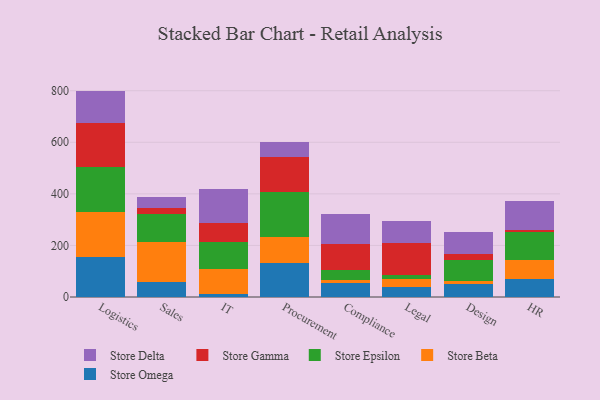
{"axis": {"x": "Department", "y": "Population (Million)"}, "legend": ["Store Beta", "Store Delta", "Store Epsilon", "Store Gamma", "Store Omega"], "data": [{"x": "Logistics", "y": 155.3, "type": "Store Omega"}, {"x": "Logistics", "y": 174.6, "type": "Store Beta"}, {"x": "Logistics", "y": 174.6, "type": "Store Epsilon"}, {"x": "Logistics", "y": 170.7, "type": "Store Gamma"}, {"x": "Logistics", "y": 124.3, "type": "Store Delta"}, {"x": "Sales", "y": 56.9, "type": "Store Omega"}, {"x": "Sales", "y": 158.0, "type": "Store Beta"}, {"x": "Sales", "y": 106.9, "type": "Store Epsilon"}, {"x": "Sales", "y": 22.0, "type": "Store Gamma"}, {"x": "Sales", "y": 44.3, "type": "Store Delta"}, {"x": "IT", "y": 12.9, "type": "Store Omega"}, {"x": "IT", "y": 96.3, "type": "Store Beta"}, {"x": "IT", "y": 105.1, "type": "Store Epsilon"}, {"x": "IT", "y": 71.8, "type": "Store Gamma"}, {"x": "IT", "y": 133.0, "type": "Store Delta"}, {"x": "Procurement", "y": 131.8, "type": "Store Omega"}, {"x": "Procurement", "y": 101.6, "type": "Store Beta"}, {"x": "Procurement", "y": 174.2, "type": "Store Epsilon"}, {"x": "Procurement", "y": 137.0, "type": "Store Gamma"}, {"x": "Procurement", "y": 56.2, "type": "Store Delta"}, {"x": "Compliance", "y": 54.5, "type": "Store Omega"}, {"x": "Compliance", "y": 9.9, "type": "Store Beta"}, {"x": "Compliance", "y": 38.4, "type": "Store Epsilon"}, {"x": "Compliance", "y": 101.3, "type": "Store Gamma"}, {"x": "Compliance", "y": 116.0, "type": "Store Delta"}, {"x": "Legal", "y": 39.0, "type": "Store Omega"}, {"x": "Legal", "y": 30.3, "type": "Store Beta"}, {"x": "Legal", "y": 17.2, "type": "Store Epsilon"}, {"x": "Legal", "y": 123.6, "type": "Store Gamma"}, {"x": "Legal", "y": 86.3, "type": "Store Delta"}, {"x": "Design", "y": 51.2, "type": "Store Omega"}, {"x": "Design", "y": 10.5, "type": "Store Beta"}, {"x": "Design", "y": 80.7, "type": "Store Epsilon"}, {"x": "Design", "y": 24.3, "type": "Store Gamma"}, {"x": "Design", "y": 86.6, "type": "Store Delta"}, {"x": "HR", "y": 71.5, "type": "Store Omega"}, {"x": "HR", "y": 71.5, "type": "Store Beta"}, {"x": "HR", "y": 107.7, "type": "Store Epsilon"}, {"x": "HR", "y": 7.8, "type": "Store Gamma"}, {"x": "HR", "y": 112.9, "type": "Store Delta"}]}